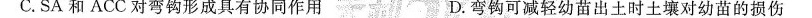
C.SA和ACC对弯钩形成具有协同作用 D.弯钩可减轻幼苗出土时土壤对幼苗的损伤